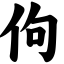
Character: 佝